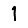
Digit: 1